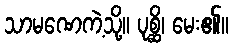
သာမဏေကဲ့သို့။ ပုစ္ဆိ၊ မေး၏။